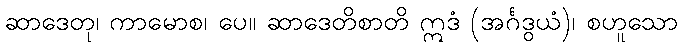
ဆာဒေတု၊ ကာမောစ၊ ပေ။ ဆာဒေတိစာတိ ဣဒံ (အင်္ဂဒွယံ)၊ စဟူသော